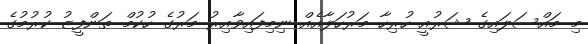
މި މައްސަލައިގެ ޝަރުއީ ހުރިހާ މަރުހަލާއެއް ނިމިފައިވާއިރު މަރުގެ ހުކުމް ތަންފީޒު ކުރުމުގެ